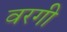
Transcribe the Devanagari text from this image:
वरगी